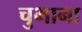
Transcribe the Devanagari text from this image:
चुभाना